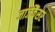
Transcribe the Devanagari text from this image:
जार्जकैंसर